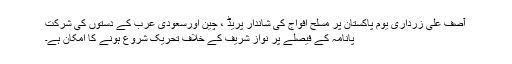
آصف علی زرداری یوم پاکستان پر مسلح افواج کی شاندار پریڈ ، چین اورسعودی عرب کے دستوں کی شرکت
پانامہ کے فیصلے پر نواز شریف کے خلاف تحریک شروع ہونے کا امکان ہے۔